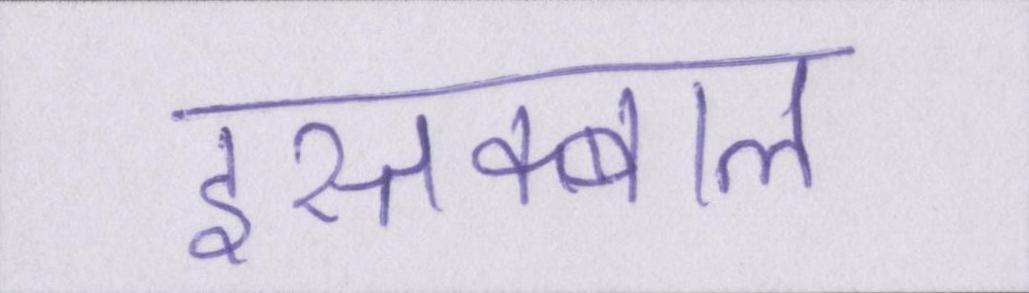
इस्तक्बाल